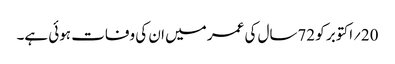
20؍اکتوبر کو 72سال کی عمر میں ان کی وفات ہوئی ہے۔